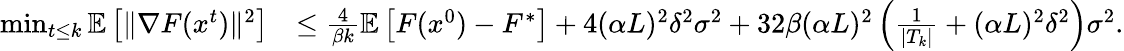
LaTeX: \begin{array}{rl}{\operatorname*{min}_{t\le k}\mathbb{E}\left[\| \nabla F(x^{t})\| ^{2}\right]}&{\le\frac{4}{\beta k}\mathbb{E}\left[F(x^{0})-F^{*}\right]+4(\alpha L)^{2}\delta^{2}\sigma^{2}+32\beta(\alpha L)^{2}\left(\frac{1}{|T_{k}|}+(\alpha L)^{2}\delta^{2}\right)\sigma^{2}.}\end{array}